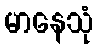
မာနေသုံ